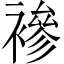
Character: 襂